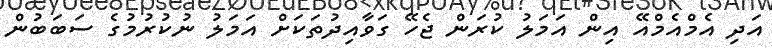
އަދި އެމްއެމްއޭ އިން އަމަލު ކުރަން ޖެހޭ ގަވާއިދުތަކަށް އަމަލު ނުކުރުމުގެ ސަބަބުން